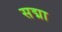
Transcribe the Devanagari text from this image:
सद्मा